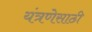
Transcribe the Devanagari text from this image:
यंत्रणेसाठी